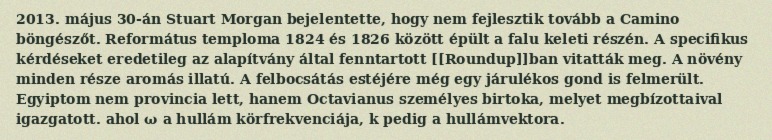
2013. május 30-án Stuart Morgan bejelentette, hogy nem fejlesztik tovább a Camino böngészőt. Református temploma 1824 és 1826 között épült a falu keleti részén. A specifikus kérdéseket eredetileg az alapítvány által fenntartott [[Roundup]]ban vitatták meg. A növény minden része aromás illatú. A felbocsátás estéjére még egy járulékos gond is felmerült. Egyiptom nem provincia lett, hanem Octavianus személyes birtoka, melyet megbízottaival igazgatott. ahol ω a hullám körfrekvenciája, k pedig a hullámvektora.